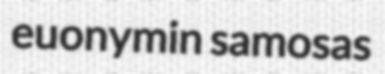
euonymin samosas